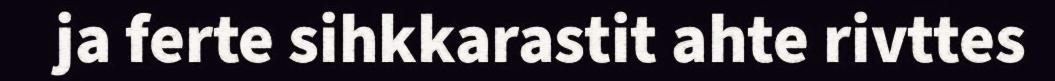
ja ferte sihkkarastit ahte rivttes